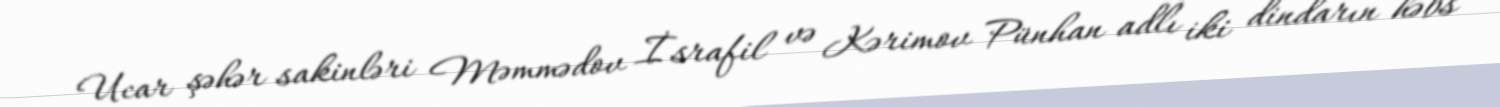
Ucar şəhər sakinləri Məmmədov İsrafil və Kərimov Pünhan adlı iki dindarın həbs